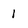
Character: 1